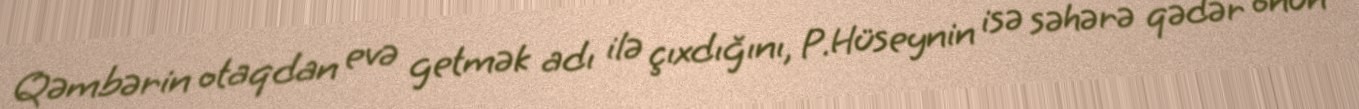
Qəmbərin otaqdan evə getmək adı ilə çıxdığını, P.Hüseynin isə səhərə qədər onun